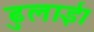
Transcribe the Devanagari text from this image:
ढुलाई।